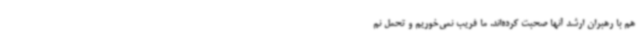
هم با رهبران ارشد آنها صحبت کرده‌اند. ما فریب نمی‌خوریم و تحمل نم